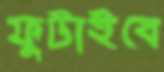
ফুটাইবে